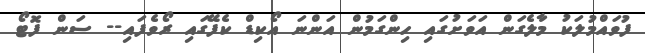
ފުވައްމުލަކު މާލެގަން އަވަށުގައި ހިންގަމުން އަންނަ އޯކިޑް ކެފޭގައި ރޯވެފައި-- ސަން ފޮޓޯ